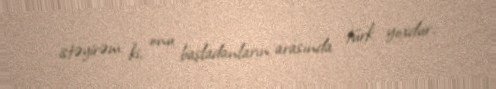
istəyirəm ki, onu başladanların arasında türk yoxdur.